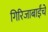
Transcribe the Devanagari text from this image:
गिरिजाबाईंचे